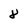
Character: 8